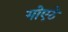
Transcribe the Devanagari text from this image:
गोएठे